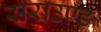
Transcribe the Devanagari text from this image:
सराउण्ड